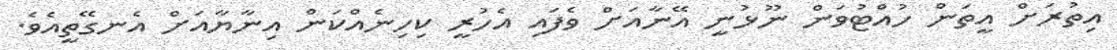
އިތުރަށް އީތަން ހުއްޓުވަން ނޫޅުނީ އޭނާއަށް ވެފައި އެހުރީ ކިހިނެއްކަން އިނާޔާއަށް އެނގޭތީއެވެ.